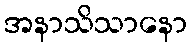
အနာသိသာနော